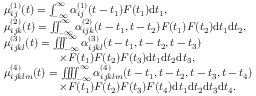
\begin{array} { r l } & { \mu _ { i j } ^ { ( 1 ) } ( t ) = \int _ { - \infty } ^ { \infty } \alpha _ { i j } ^ { ( 1 ) } ( t - t _ { 1 } ) F ( t _ { 1 } ) \mathrm { d } t _ { 1 } , } \\ & { \mu _ { i j k } ^ { ( 2 ) } ( t ) = \iint _ { - \infty } ^ { \infty } \alpha _ { i j k } ^ { ( 2 ) } ( t - t _ { 1 } , t - t _ { 2 } ) F ( t _ { 1 } ) F ( t _ { 2 } ) \mathrm { d } t _ { 1 } \mathrm { d } t _ { 2 } , } \\ & { \mu _ { i j k l } ^ { ( 3 ) } ( t ) = \iint \! \! \! \int _ { - \infty } ^ { \infty } \alpha _ { i j k l } ^ { ( 3 ) } ( t - t _ { 1 } , t - t _ { 2 } , t - t _ { 3 } ) } \\ & { \qquad \qquad \quad \times F ( t _ { 1 } ) F ( t _ { 2 } ) F ( t _ { 3 } ) \mathrm { d } t _ { 1 } \mathrm { d } t _ { 2 } \mathrm { d } t _ { 3 } , } \\ & { \mu _ { i j k l m } ^ { ( 4 ) } ( t ) = \iint \! \! \! \iint _ { - \infty } ^ { \infty } \alpha _ { i j k l m } ^ { ( 4 ) } ( t - t _ { 1 } , t - t _ { 2 } , t - t _ { 3 } , t - t _ { 4 } ) } \\ & { \qquad \qquad \quad \times F ( t _ { 1 } ) F ( t _ { 2 } ) F ( t _ { 3 } ) F ( t _ { 4 } ) \mathrm { d } t _ { 1 } \mathrm { d } t _ { 2 } \mathrm { d } t _ { 3 } \mathrm { d } t _ { 4 } . } \end{array}